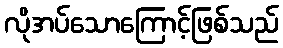
လိုအပ်သောကြောင့်ဖြစ်သည်